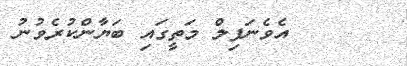
އެވެނަފިލް މަތީގައި ބަޔާންކުރެވުނު